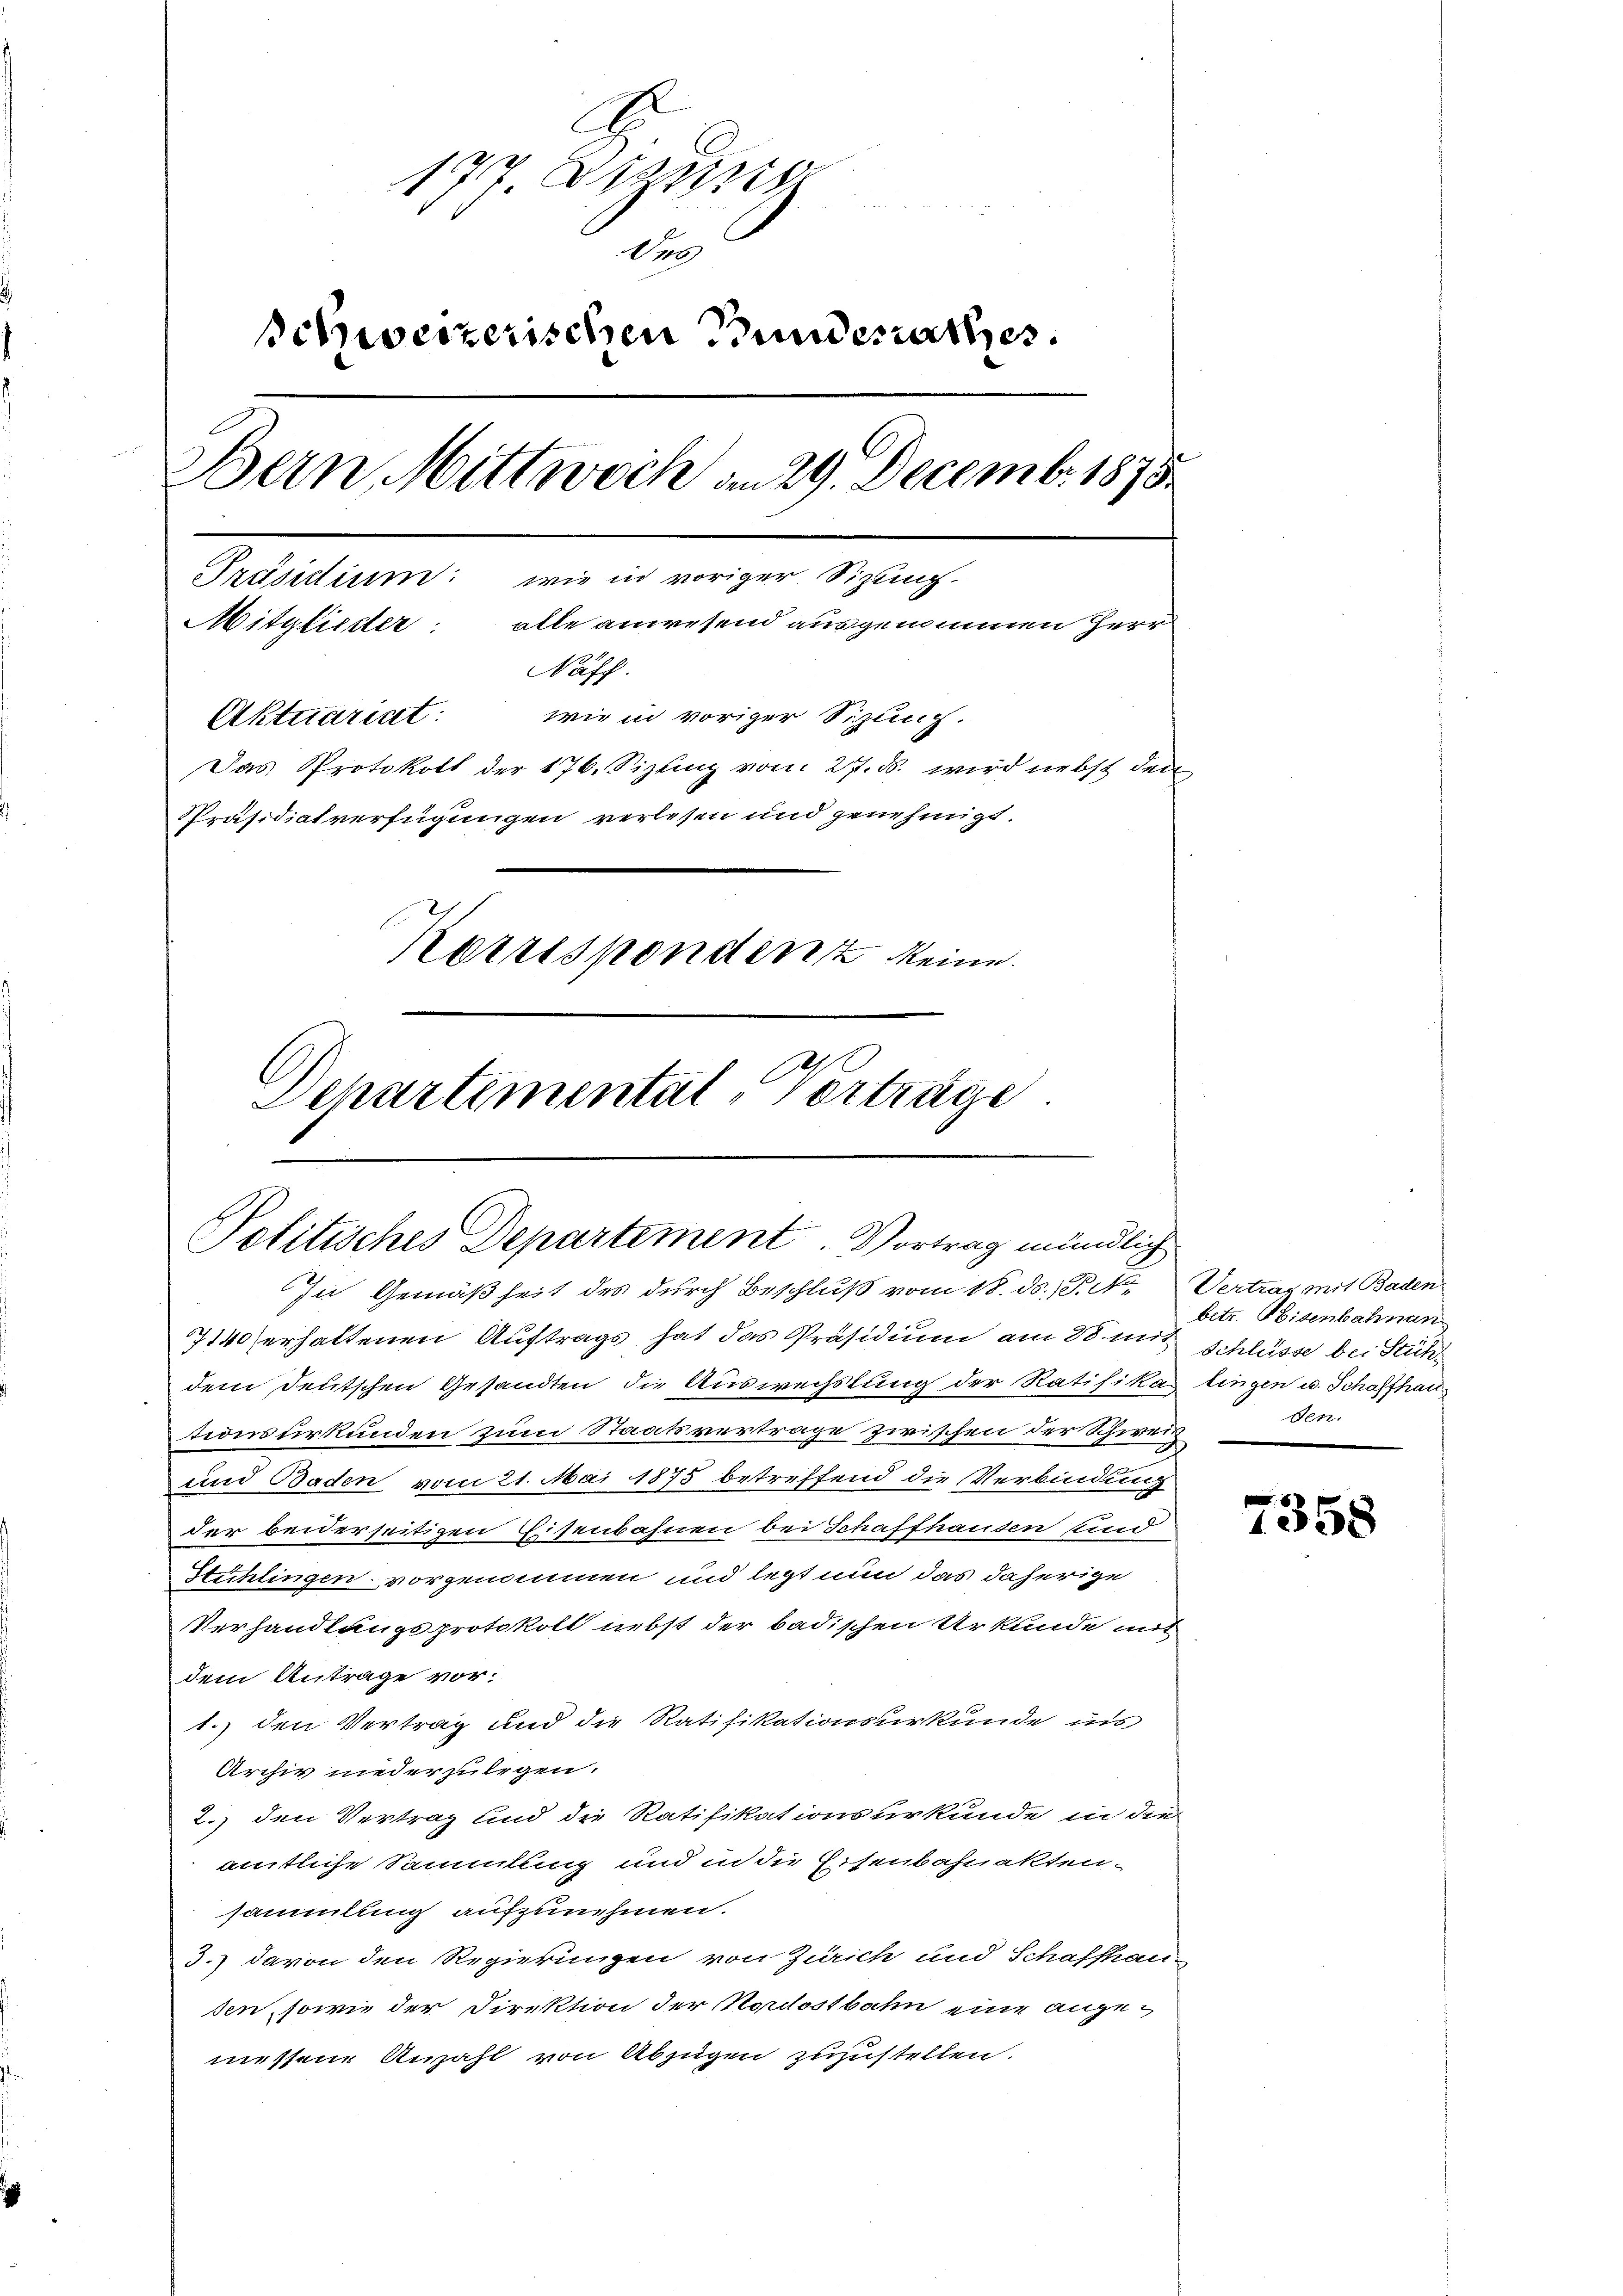
A
177. Bezug
A
schweizerischen Bundesrathes.
Bern Mittwoch am 29. Decemb. 1875.
Präsidium: wie in voriger Sizung.
Mitglieder: alle anwesend ausgenommen Herr
Näff.
wie in voriger Sizung.
Aktuariat:
Das Protokoll der 176. Sizling vom 27. ds. wird nebst den
Präsidialverfügungen verlesen und genehmigt.
Korrespondenz keine
Dehartemental-Verträge

Politisches Departement. Vortrag mündlich
In Gemäßheit des durch Beschluß vom 18. ds., P. Nr. Vertrag mit Baden

7140 erhaltenen Auftrags hat das Präsidium am 28. mit
dem Deutschen Gesandten die Auswechslung der Ratifikas lingen u. Schaffhautionsurkunden zum Staatsverträge zwischen der Schwei¬
und Baden vom 21. Mai 1875 betreffend die Verbindung
der beiderseitigen Eisenbahnen bei Schaffhausen sind
Stichlingen vorgenommen und legt nun das daherige
Verhandlungsprotokoll nebst der badischen Urkunde mit
dem Antrage vor.
1.) den Vertrag und die Ratifikationsurkunde ins
Archiv niederzulegen.
2.) den Vertrag und die Ratifikationsurkunde in die
amtliche Sammlung und in die Eisenbahnakten-
sammlung aufzunehmen.
3.) davon den Regierungen von Zürich und Schaffhau
sen, sowie der Direktion der Nordostbahn eine angemessene Anzahl von Abzügen zuzustellen.

betr. Beisenbahnun
Schlüsse bei Stuhl
den.

8
58